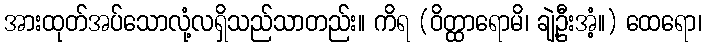
အားထုတ်အပ်သောလုံ့လရှိသည်သာတည်း။ ကိရ (ဝိတ္ထာရောမိ၊ ချဲ့ဦးအံ့။) ထေရော၊